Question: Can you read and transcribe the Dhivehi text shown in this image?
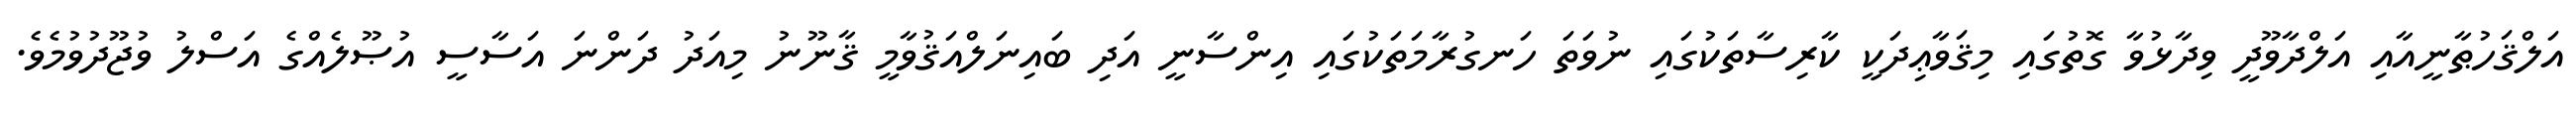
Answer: އަލްޤަހުޠާނީއާއި އަލްދާވޫދީ ވިދާޅުވާ ގޮތުގައި މިޤަވާޢިދަކީ ކާރިސާތަކުގައި ނުވަތަ ހަނގުރާމަތަކުގައި އިންސާނީ އަދި ބައިނަލްއަޤުވާމީ ޤާނޫނު މިއަދު ދަންނަ އަސާސީ އުޞޫލެއްގެ އަސްލު ވުޖޫދުވުމެވެ.